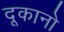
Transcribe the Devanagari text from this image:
दूकानो